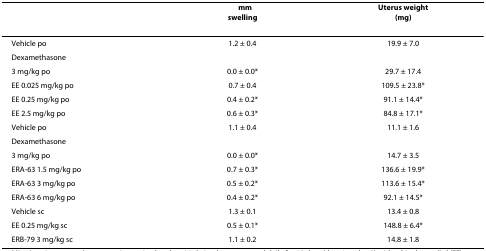
<table><thead><tr><td></td><td><b>Δmmswelling</b></td><td><b>Uterus weight(mg)</b></td></tr></thead><tbody><tr><td>Vehicle po</td><td>1.2 ± 0.4</td><td>19.9 ± 7.0</td></tr><tr><td>Dexamethasone</td><td></td><td></td></tr><tr><td>3 mg/kg po</td><td>0.0 ± 0.0*</td><td>29.7 ± 17.4</td></tr><tr><td>EE 0.025 mg/kg po</td><td>0.7 ± 0.4</td><td>109.5 ± 23.8*</td></tr><tr><td>EE 0.25 mg/kg po</td><td>0.4 ± 0.2*</td><td>91.1 ± 14.4*</td></tr><tr><td>EE 2.5 mg/kg po</td><td>0.6 ± 0.3*</td><td>84.8 ± 17.1*</td></tr><tr><td>Vehicle po</td><td>1.1 ± 0.4</td><td>11.1 ± 1.6</td></tr><tr><td>Dexamethasone</td><td></td><td></td></tr><tr><td>3 mg/kg po</td><td>0.0 ± 0.0*</td><td>14.7 ± 3.5</td></tr><tr><td>ERA-63 1.5 mg/kg po</td><td>0.7 ± 0.3*</td><td>136.6 ± 19.9*</td></tr><tr><td>ERA-63 3 mg/kg po</td><td>0.5 ± 0.2*</td><td>113.6 ± 15.4*</td></tr><tr><td>ERA-63 6 mg/kg po</td><td>0.4 ± 0.2*</td><td>92.1 ± 14.5*</td></tr><tr><td>Vehicle sc</td><td>1.3 ± 0.1</td><td>13.4 ± 0.8</td></tr><tr><td>EE 0.25 mg/kg sc</td><td>0.5 ± 0.1*</td><td>148.8 ± 6.4*</td></tr><tr><td>ERB-79 3 mg/kg sc</td><td>1.1 ± 0.2</td><td>14.8 ± 1.8</td></tr></tbody></table>